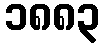
၁၈၈၃